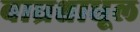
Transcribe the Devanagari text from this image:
बाघ्रश्चाधूल